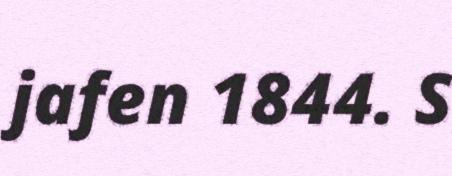
jafen 1844. S